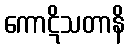
ကောဋိသတာနိ